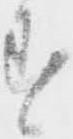
す